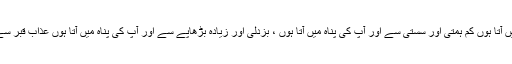
اے میرے پروردگار میں آپ کی پناہ میں آتا ہوں کم ہمتی اور سستی سے اور آپ کی پناہ میں آتا ہوں ، بزدلی اور زیادہ بڑھاپے سے اور آپ کی پناہ میں آتا ہوں عذاب قبر سے اور زندگی اور موت کے فتنے سے ۔